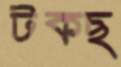
টকছ